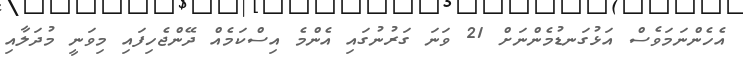
އެހެންނަމަވެސް އަޅުގަނޑުމެންނަށް 21 ވަނަ ގަރުނުގައި އެންމެ އިސްކަމެއް ދޭންޖެހިފައި މިވަނީ މުދަލާއި